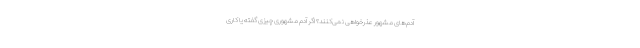
آدم‌های مشهور عذرخواهی نمی‌کنند؟ اگر آدم مشهوری چیزی گفته یا کاری